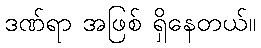
ဒဏ်ရာ အဖြစ် ရှိနေတယ်။